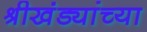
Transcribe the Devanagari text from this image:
श्रीखंड्यांच्या